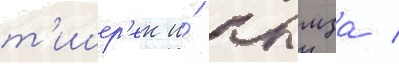
т'ишер'ек и́ крымза /